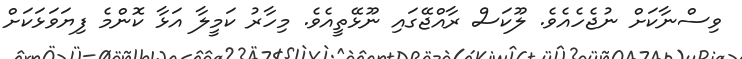
ވިސްނާކަށް ނުޖެހެއެވެ. ލޫކަސް ރާއްޖޭގައި ނޫޅޭތީއެވެ. މިހާރު ކަމީލާ އަޅާ ކޮންމެ ފިޔަވަޅަކަށް